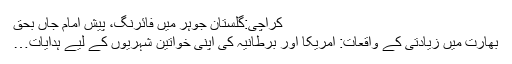
کراچی:گلستان جوہر میں فائرنگ، پیش امام جاں بحق
بھارت میں زیادتی کے واقعات: امریکا اور برطانیہ کی اپنی خواتین شہریوں کے لیے ہدایات…